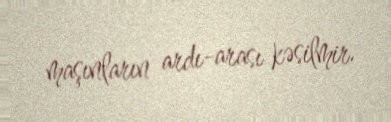
maşınların ardı-arası kəsilmir.